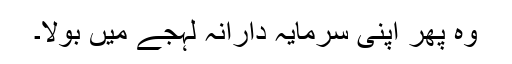
وہ پھر اپنی سرمایہ دارانہ لہجے میں بولا۔